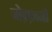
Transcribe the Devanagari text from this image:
जोफ़्फ़ानी